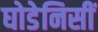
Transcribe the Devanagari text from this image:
घोडेनिसीं